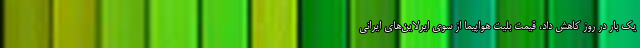
یک بار در روز کاهش داد، قیمت بلیت هواپیما از سوی ایرلاین‌های ایرانی